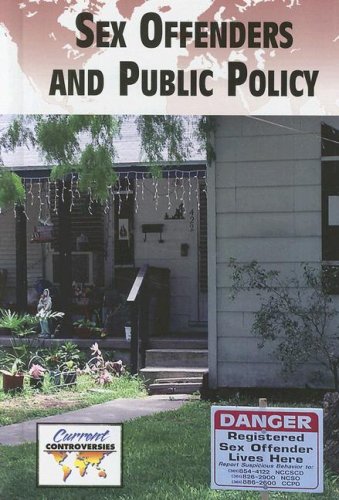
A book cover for Sex Offenders and Public Policy (Current Controversies); Lynn M. Zott; Teen & Young Adult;